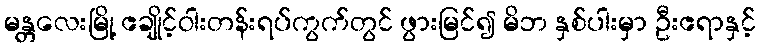
မန္တလေးမြို့ ဧချိုင့်ဝါးတန်းရပ်ကွက်တွင် ဖွားမြင်၍ မိဘ နှစ်ပါးမှာ ဦးဧရာနှင့်